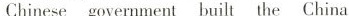
Chinese government built the China